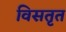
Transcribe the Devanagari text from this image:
विसतृत